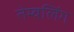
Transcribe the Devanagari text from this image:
तेम्बलिंग